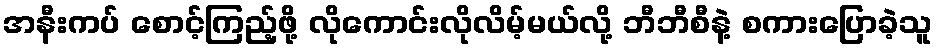
အနီးကပ် စောင့်ကြည့်ဖို့ လိုကောင်းလိုလိမ့်မယ်လို့ ဘီဘီစီနဲ့ စကားပြောခဲ့သူ